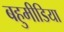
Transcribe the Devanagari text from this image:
बहुमीडिया